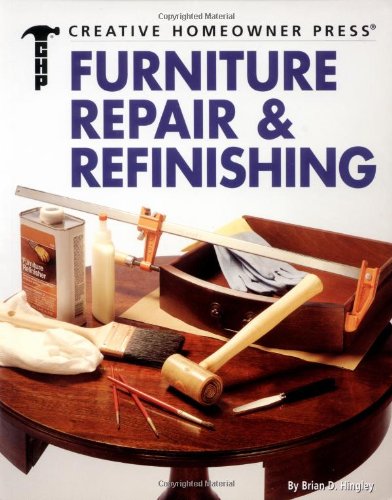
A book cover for Furniture Repair & Refinishing (Ultimate Guide To... (Creative Homeowner)); Brian D. Hingley; Crafts, Hobbies & Home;